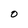
Character: O